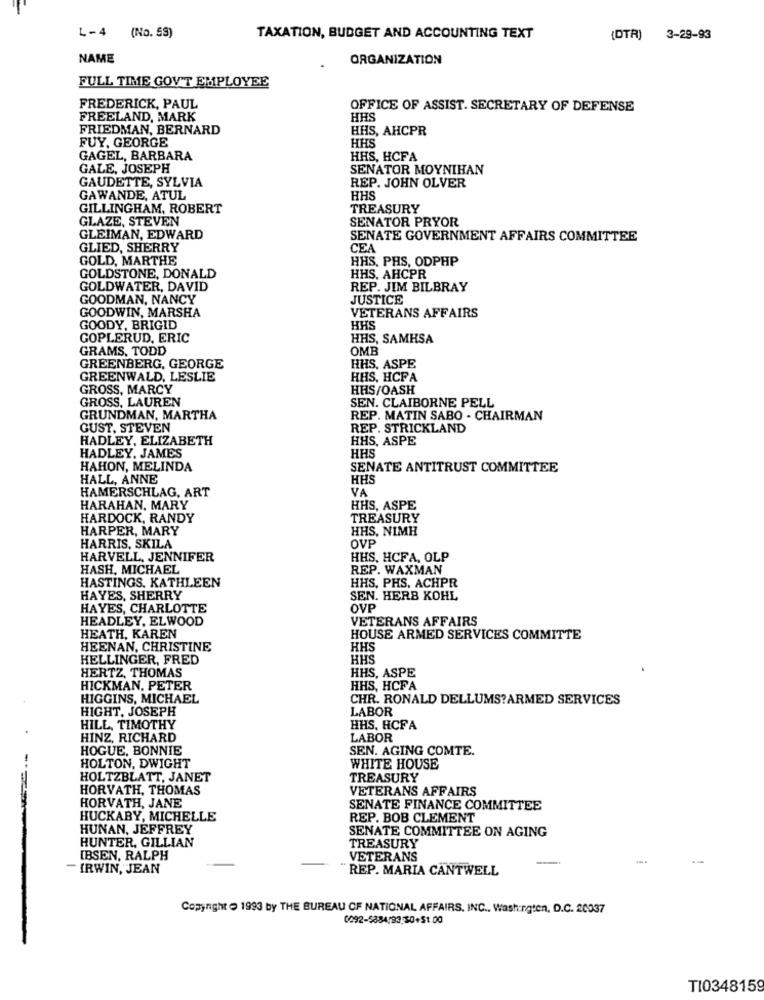
L-4 (No. SS)
TAXATION, BUDGET AND ACCOUNTING TEXT
{DTR) 3-29-93
NAME
ORGANIZATION
FULL TIME GOV'T EMPLOYEE
FREDERICK, PAUL
OFFICE OF ASSIST. SECRETARY OF DEFENSE
FREELAND, MARK
HHS
FRIEDMAN, BERNARD
HHS, AHCPR
FUY, GEORGE
HHS
GAGEL, BARBARA
HHS, HCFA
GALE, JOSEPH
SENATOR MOYNIHAN
GAUDETTE, SYLVIA
REP. JOHN OLVER
GAWANDE, ATUL
HHS
GILLINGHAM, ROBERT
TREASURY
GLAZE, STEVEN
SENATOR PRYOR
GLEIMAN, EDWARD
SENATE GOVERNMENT AFFAIRS COMMITTEE
GLIED, SHERRY
CEA
GOLD, MARTHE
HHS, PHS, ODPHP
GOLDSTONE, DONALD
HHS. AHCPR
GOLDWATER, DAVID
REP. JIM BILBRAY
GOODMAN, NANCY
JUSTICE
GOODWIN, MARSHA
VETERANS AFFAIRS
GOODY, BRIGID
HHS
GOPLERUD, ERIC
HHS, SAMHSA
GRAMS, TODD
OMB
GREENBERG, GEORGE
HHS, ASPE
GREENWALD, LESLIE
HHS, HCFA
GROSS, MARCY
HHS/OASH
GROSS, LAUREN
SEN. CLAIBORNE PELL
GRUNDMAN, MARTHA
REP. MATIN SABO - CHAIRMAN
GUST, STEVEN
REP. STRICKLAND
HADLEY, ELIZABETH
HHS, ASPE
HADLEY, JAMES
HHS
HAHON, MELINDA
SENATE ANTITRUST COMMITTEE
HALL, ANNE
HHS
HAMERSCHLAG, ART
YA
HARAHAN, MARY
HHS, ASPE
HARDOCK, RANDY
TREASURY
HARPER, MARY
HHS, NIMH
OVP
HARRIS, SKILA
HARVELL, JENNIFER
HHS, HCFA, OLP
HASH, MICHAEL
REP. WAXMAN
HHS, PHS. ACHPR
HASTINGS, KATHLEEN
HAYES, SHERRY
SEN. HERB KOHL
HAYES, CHARLOTTE
OVP
HEADLEY, ELWOOD
VETERANS AFFAIRS
HEATH, KAREN
HOUSE ARMED SERVICES COMMITTE
HEENAN, CHRISTINE
HHS
HELLINGER, FRED
HHS
HERTZ, THOMAS
HHS, ASPE
HICKMAN, PETER
HHS, HCFA
HIGGINS, MICHAEL
CHR. RONALD DELLUMS?ARMED SERVICES
HIGHT. JOSEPH
LABOR
HILL, TIMOTHY
HHS. HCFA
HINZ, RICHARD
LABOR
HOGUE, BONNIE
SEN. AGING COMTE.
HOLTON, DWIGHT
WHITE HOUSE
HOLTZBLATT, JANET
TREASURY
HORVATH, THOMAS
VETERANS AFFAIRS
HORVATH, JANE
SENATE FINANCE COMMITTEE
HUCKABY, MICHELLE
REP. BOB CLEMENT
HUNAN, JEFFREY
HUNTER, GILLIAN
SENATE COMMITTEE ON AGING
TREASURY
IBSEN, RALPH
VETERANS
- IRWIN, JEAN
REP. MARIA CANTWELL
Copyright 1993 by THE BUREAU OF NATIONAL AFFAIRS, INC ., Washington, D.C. 20037
0092-5384/83.50+51.00
TI0348159